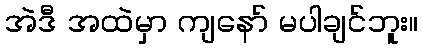
အဲဒီ အထဲမှာ ကျနော် မပါချင်ဘူး။